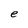
Character: e